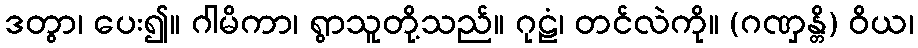
ဒတွာ၊ ပေး၍။ ဂါမိကာ၊ ရွာသူတို့သည်။ ဂုဠံ၊ တင်လဲကို။ (ဂဏှန္တိ) ဝိယ၊